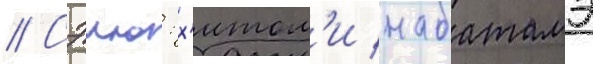
// Сэию: х'итом'и набатамэ